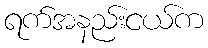
ရက်အနည်းငယ်က